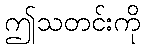
ဤသတင်းကို